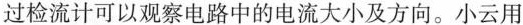
过检流计可以观察电路中的电流大小及方向。小云用